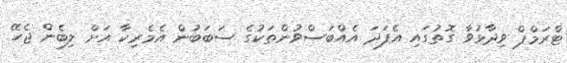
ޓްރަމްޕް ވިދާޅުވާ ގޮތުގައި އެފަދަ އެއްބަސްވުންތަކުގެ ސަބަބުން އެމެރިކާ އަށް ލިބެން ޖެހޭ